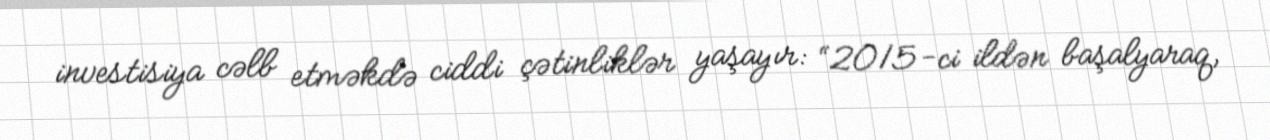
investisiya cəlb etməkdə ciddi çətinliklər yaşayır: “2015-ci ildən başalyaraq,